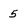
Character: 5